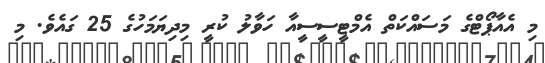
މި އެއާޕޯޓްގެ މަސައްކަތް އެމްޓީސީސީއާ ހަވާލު ކުރީ މިދިޔަމަހުގެ 25 ގައެވެ. މި